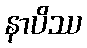
နာပိဿ